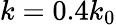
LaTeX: k=0.4k_{0}